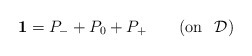
\begin{align*}\mathbf{1}=P_{-}+P_{0}+P_{+}\quad \quad (\mathrm{on\,\ }\>\mathcal{D})\end{align*}